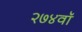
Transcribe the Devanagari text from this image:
२७४वॉ